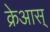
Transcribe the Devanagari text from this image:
क्रेआस्